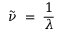
{ \tilde { \nu } } \; = \; { \frac { 1 } { \lambda } }